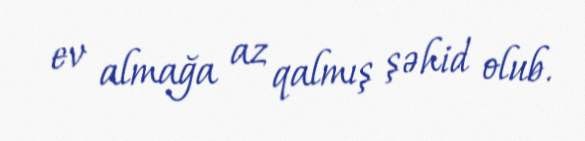
ev almağa az qalmış şəhid olub.